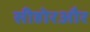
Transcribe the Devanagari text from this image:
सीहोरऔर